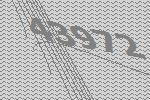
43972